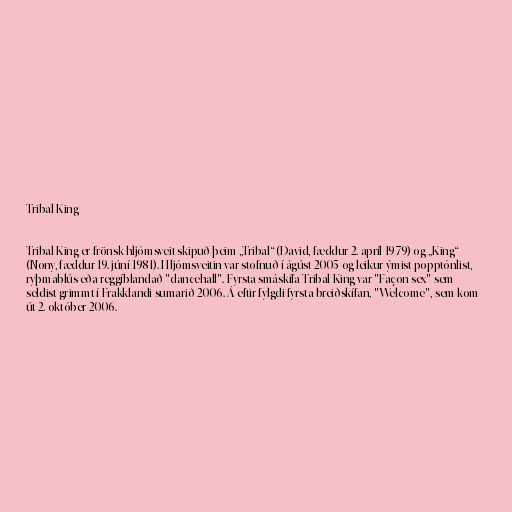
Tribal King

Tribal King er frönsk hljómsveit skipuð þeim „Tribal“ (David, fæddur 2. apríl 1979) og „King“
(Nony, fæddur 19. júní 1981). Hljómsveitin var stofnuð í ágúst 2005 og leikur ýmist popptónlist,
ryþmablús eða reggíblandað "dancehall". Fyrsta smáskífa Tribal King var "Façon sex" sem
seldist grimmt í Frakklandi sumarið 2006. Á eftir fylgdi fyrsta breiðskífan, "Welcome", sem kom
út 2. október 2006.